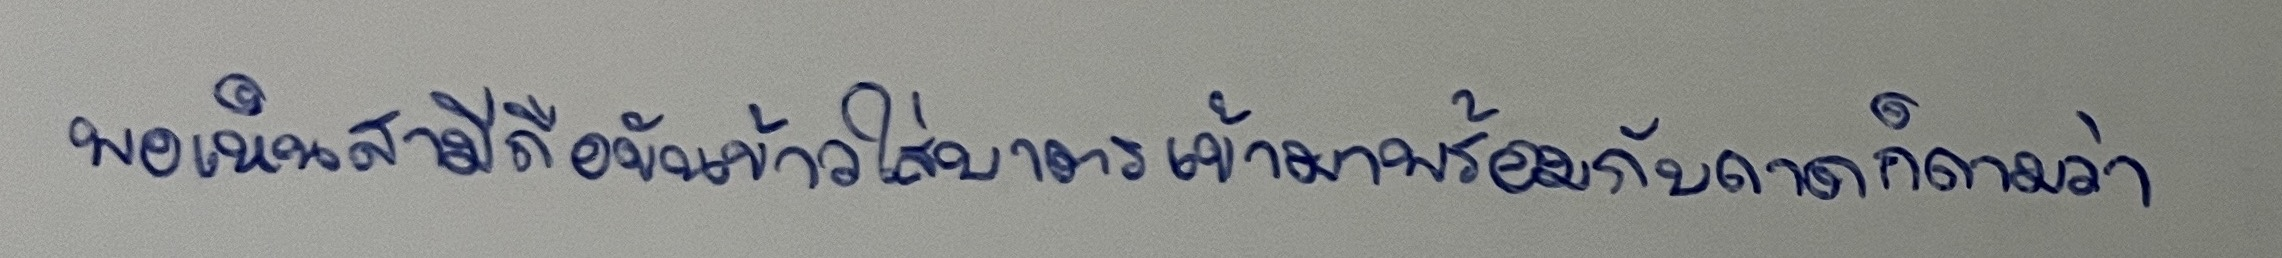
พอเห็นสามีถือขันข้าวใส่บาตรเข้ามาพร้อมกับถาดก็ถามว่า